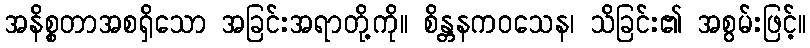
အနိစ္စတာအစရှိသော အခြင်းအရာတို့ကို။ စိန္တနကဝသေန၊ သိခြင်း၏ အစွမ်းဖြင့်။